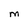
Character: M